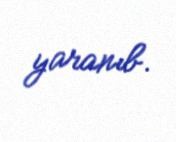
yaranıb.